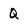
Character: Q